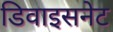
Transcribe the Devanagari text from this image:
डिवाइसनेट